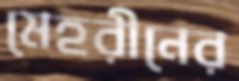
মেহরীনের